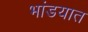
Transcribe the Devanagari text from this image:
भांडयात